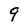
Character: g